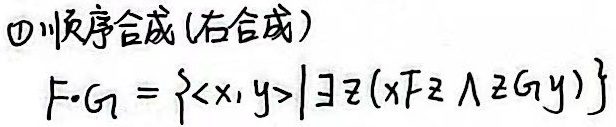
\textcircled{1} 顺序合成(右合成)
\[F\circ G=\{\langle x,y\rangle|\exists z(xFz\land zGy)\}\]